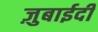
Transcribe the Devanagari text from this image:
ज़ुबाईदी